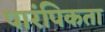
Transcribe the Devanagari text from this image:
पारंपिकता